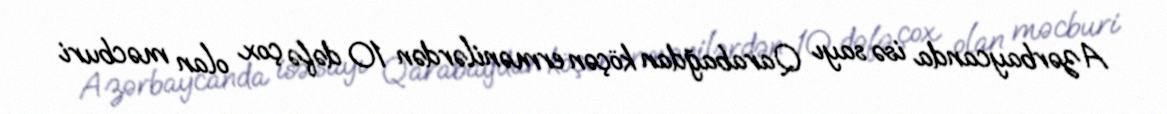
Azərbaycanda isə sayı Qarabağdan köçən ermənilərdən 10 dəfə çox olan məcburi